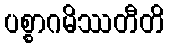
ပစ္စာဂမိဿတီတိ